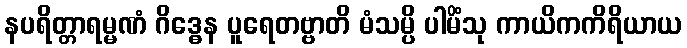
နပရိတ္တာရမ္မဏံ ဂိဒ္ဓေန ပူရေတဗ္ဗာတိ မံသမ္ပိ ပါမိံသု ကာယိကကိရိယာယ